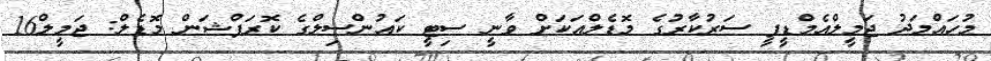
މުހައްމަދު ޖަމީލްއެމްޑީޕީ ސަރުކާރުގެ މޮޑެލްއަކަށް ވާނީ ސިޓީ ކައުންސިލްގެ ކޮރަޕްޝަން މޮޑެލް: ޖަމީލް16